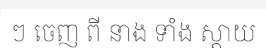
ៗ ចេញ ពី នាង ទាំង ស្តាយ